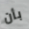
بأن